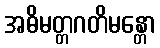
အဓိမတ္တဂတိမန္တော